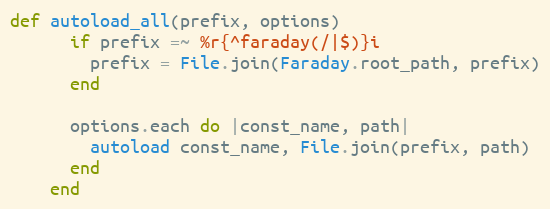
Language: Ruby
def autoload_all(prefix, options)
      if prefix =~ %r{^faraday(/|$)}i
        prefix = File.join(Faraday.root_path, prefix)
      end

      options.each do |const_name, path|
        autoload const_name, File.join(prefix, path)
      end
    end